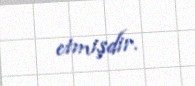
etmişdir.